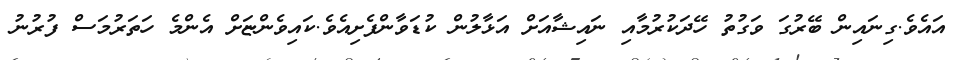
އައެވެ.ގިނައިން ބޭރުގަ ވަގުތު ހޭދަކުރުމާއި ނައިޝާއަށް އަޅާލުން ކުޑަވާންފެށިއެވެ.ކައިވެންޏަށް އެންމެ ހަތަރުމަސް ފުރުނު